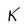
Character: K